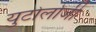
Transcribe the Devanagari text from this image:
युटोलोजी